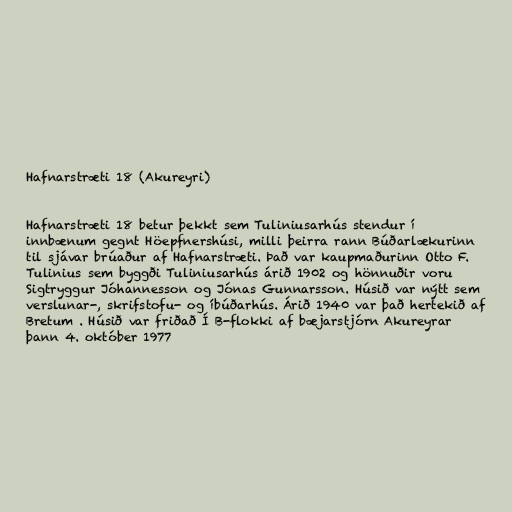
Hafnarstræti 18 (Akureyri)

Hafnarstræti 18 betur þekkt sem Tuliniusarhús stendur í
innbænum gegnt Höepfnershúsi, milli þeirra rann Búðarlækurinn
til sjávar brúaður af Hafnarstræti. Það var kaupmaðurinn Otto F.
Tulinius sem byggði Tuliniusarhús árið 1902 og hönnuðir voru
Sigtryggur Jóhannesson og Jónas Gunnarsson. Húsið var nýtt sem
verslunar-, skrifstofu- og íbúðarhús. Árið 1940 var það hertekið af
Bretum . Húsið var friðað Í B-flokki af bæjarstjórn Akureyrar
þann 4. október 1977